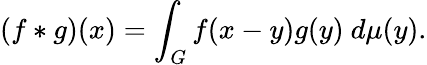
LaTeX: (f*g)(x)=\int_{G}f(x-y)g(y)\ d\mu(y).